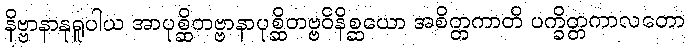
နိဗ္ဗာနာနုရူပါယ အာပုစ္ဆိတဗ္ဗာနာပုစ္ဆိတဗ္ဗဝိနိစ္ဆယော အစိတ္တကာတိ ပက္ခိတ္တကာလတော